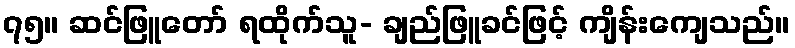
၇၅။ ဆင်ဖြူတော် ရထိုက်သူ- ချည်ဖြူခင်ဖြင့် ကျိန်းကျေသည်။